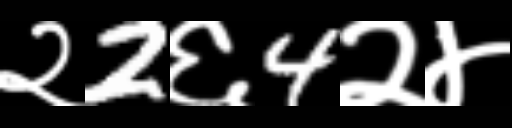
Text: २2६4२४